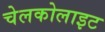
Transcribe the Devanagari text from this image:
चेलकोलाइट